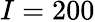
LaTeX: I=200